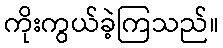
ကိုးကွယ်ခဲ့ကြသည်။